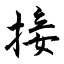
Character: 接